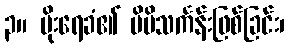
၃။ မိုးရေခံ၏ မိမိသင်္ကန်းဖြစ်ခြင်း၊